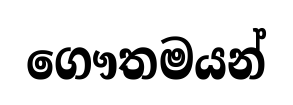
ගෞතමයන්